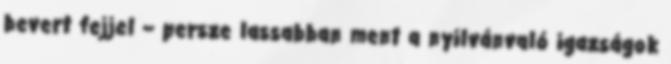
bevert fejjel – persze lassabban ment a nyilvánvaló igazságok